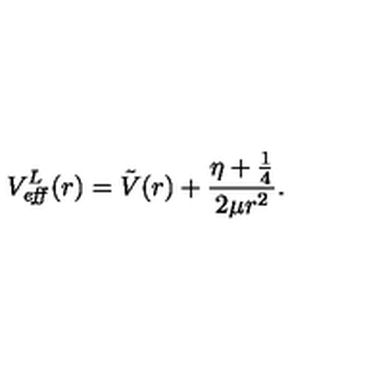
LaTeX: V _ { \it e f f } ^ { L } ( r ) = \tilde { V } ( r ) + \frac { \eta + \frac { 1 } { 4 } } { 2 \mu r ^ { 2 } } .